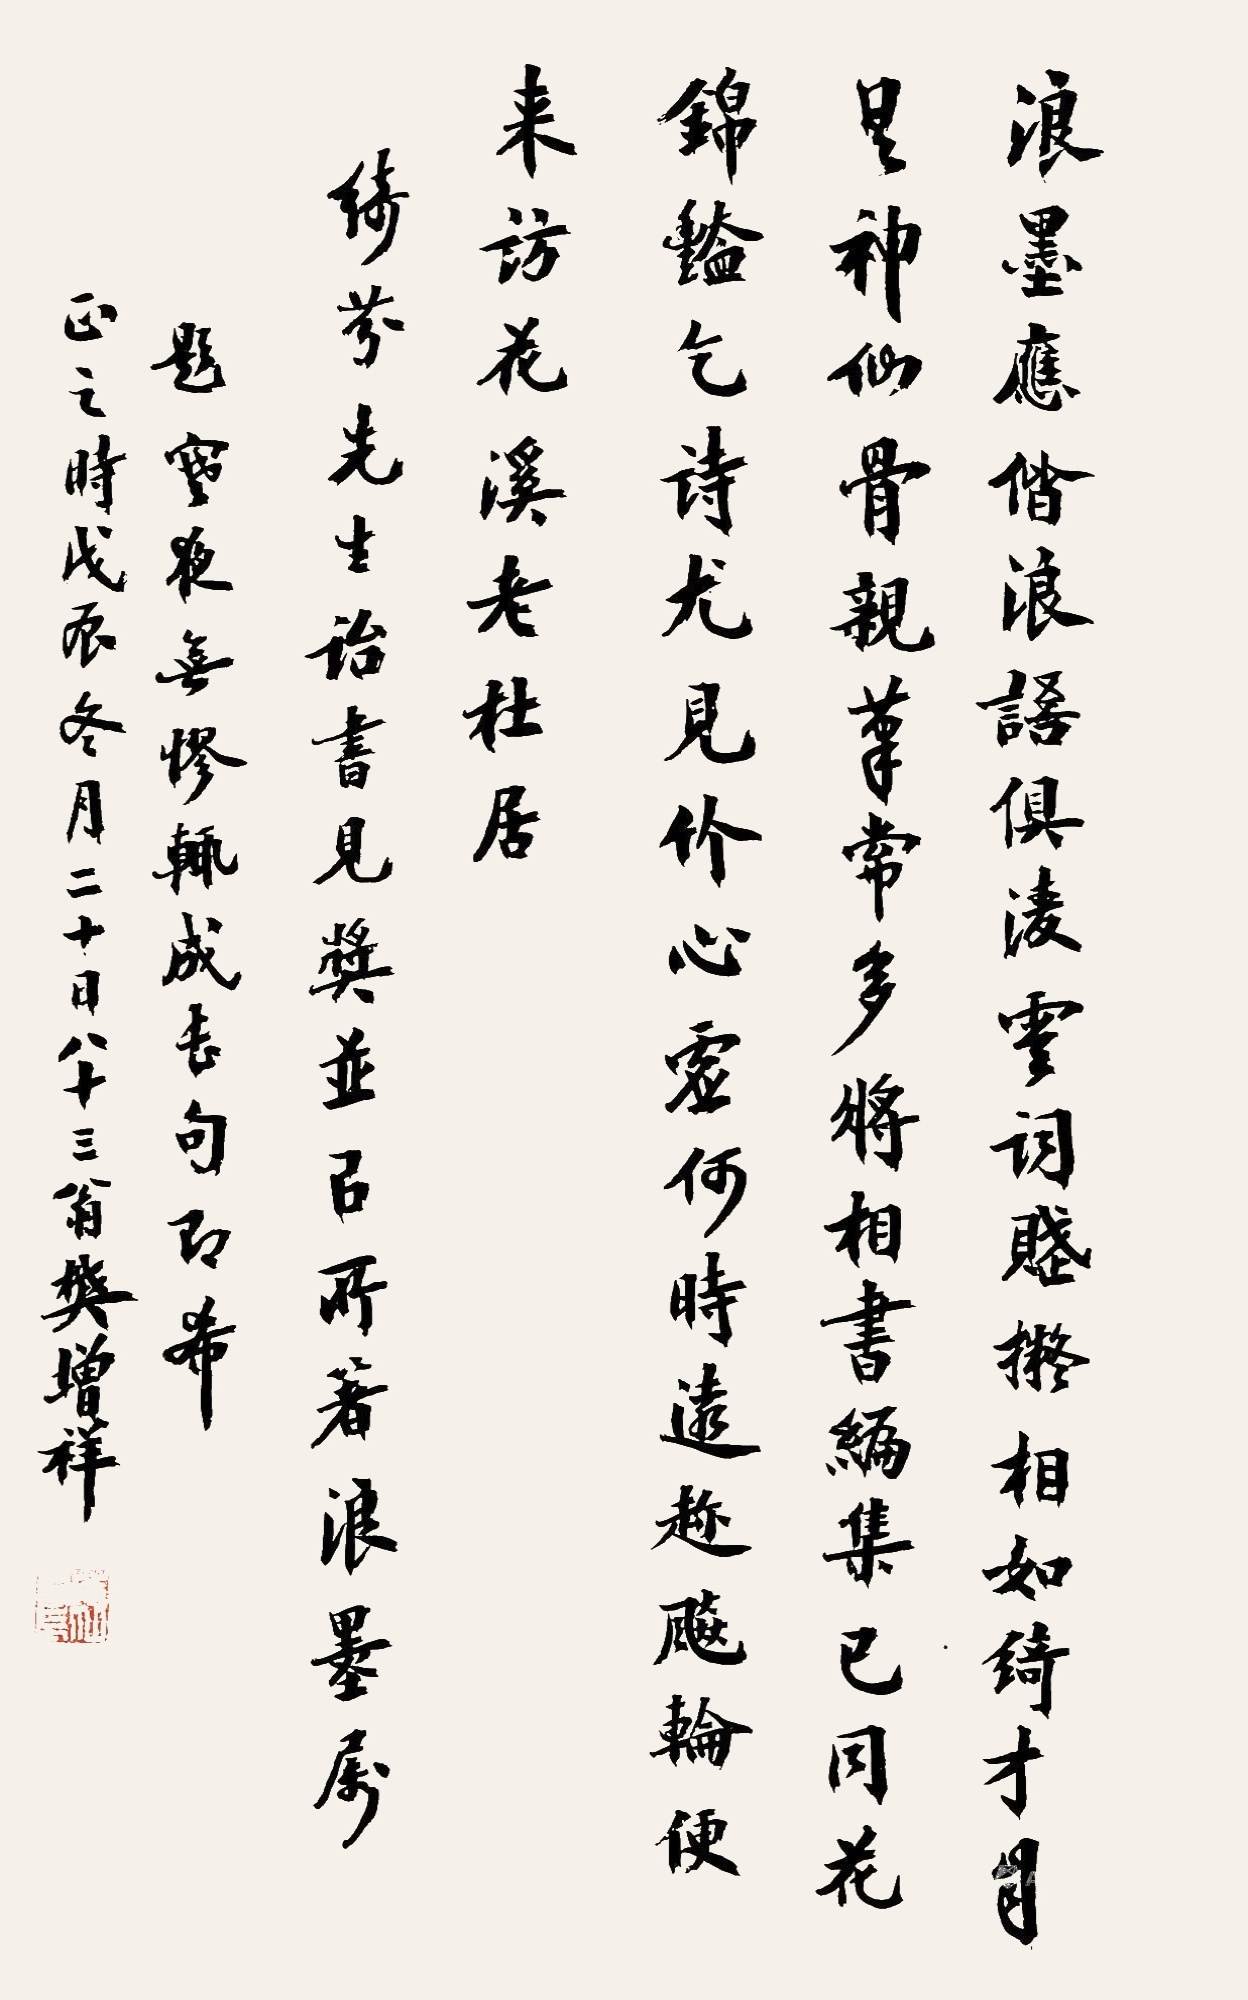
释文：浪墨应偕浪语俱，凌云词赋拟相如。绮才均是神仙骨，亲笔常多将相书。编集已同花锦艳，乞诗尤见竹心虚。何时远赴飙轮便，来访花溪老杜居。绮芬先生诒书见奖并以所著浪墨属题，寒夜无憀辄成长句即希正之，时戊辰冬月二十日，八十三翁樊增祥。